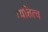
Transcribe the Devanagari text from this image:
व्यत्तित्व